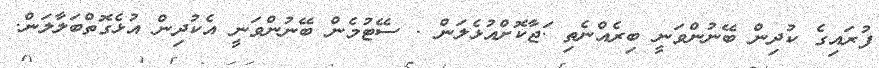
ފުރައިގެ ކުދިން ބޭނުންވަނީ ބިރެއްނެތި .ަޖާކޮށްއުޅެލަން . ސޭޓުމެން ބޭނުންވަނީ އެކުދިން އުޅެގޮތްބަލާލަން.